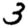
Digit: 3